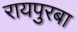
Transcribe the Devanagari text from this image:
रायपुरबा